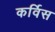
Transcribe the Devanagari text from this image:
कर्विस